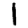
Digit: 1